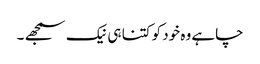
چاہے وہ خود کو کتنا ہی نیک سمجھے ۔